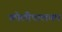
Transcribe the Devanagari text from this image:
कोलीपालयम